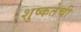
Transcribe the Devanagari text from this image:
शुष्कतेची